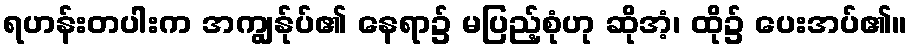
ရဟန်းတပါးက အကျွန်ုပ်၏ နေရာ၌ မပြည့်စုံဟု ဆိုအံ့၊ ထို၌ ပေးအပ်၏။